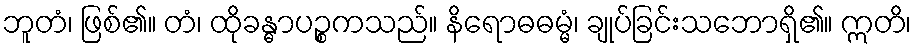
ဘူတံ၊ ဖြစ်၏။ တံ၊ ထိုခန္ဓာပဉ္စကသည်။ နိရောဓဓမ္မံ၊ ချုပ်ခြင်းသဘောရှိ၏။ ဣတိ၊